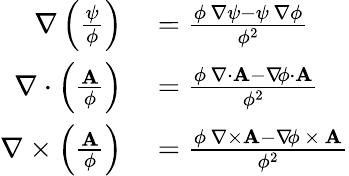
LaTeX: \begin{array}{rl}{\nabla\left({\frac{\psi}{\phi}}\right)}&{{}={\frac{\phi\, \nabla\psi-\psi\, \nabla\phi}{\phi^{2}}}}\\ {\nabla\cdot\left({\frac{\mathbf{A}}{\phi}}\right)}&{{}={\frac{\phi\, \nabla{\cdot}\mathbf{A}-\nabla\! \phi\cdot\mathbf{A}}{\phi^{2}}}}\\ {\nabla\times\left({\frac{\mathbf{A}}{\phi}}\right)}&{{}={\frac{\phi\, \nabla{\times}\mathbf{A}-\nabla\! \phi\, {\times}\, \mathbf{A}}{\phi^{2}}}}\end{array}